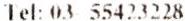
TEL: 03 55423228